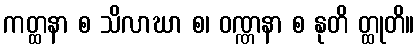
ကတ္ထနာ စ သိလာဃာ စ၊ ဝဏ္ဏနာ စ နုတိ တ္ထုတိ။